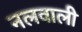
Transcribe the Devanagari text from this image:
नलवाली